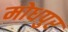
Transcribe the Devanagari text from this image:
मोधपुर